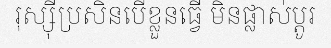
រុស្ស៊ីប្រសិនបើខ្លួនធ្វើ មិនផ្លាស់ប្តូរ